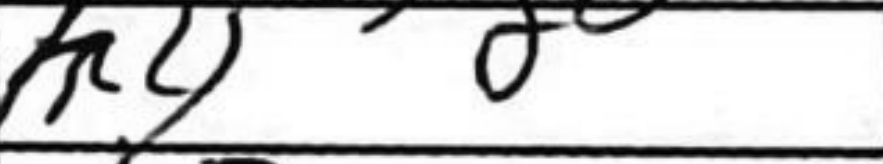
Transcription: h4